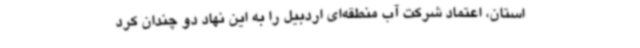
استان، اعتماد شرکت آب منطقه‌ای اردبیل را به این نهاد دو چندان کرد